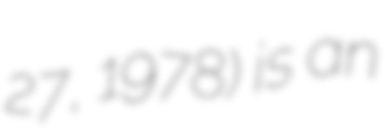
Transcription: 27, 1978) is an